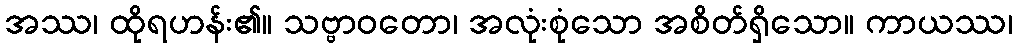
အဿ၊ ထိုရဟန်း၏။ သဗ္ဗာဝတော၊ အလုံးစုံသော အစိတ်ရှိသော။ ကာယဿ၊